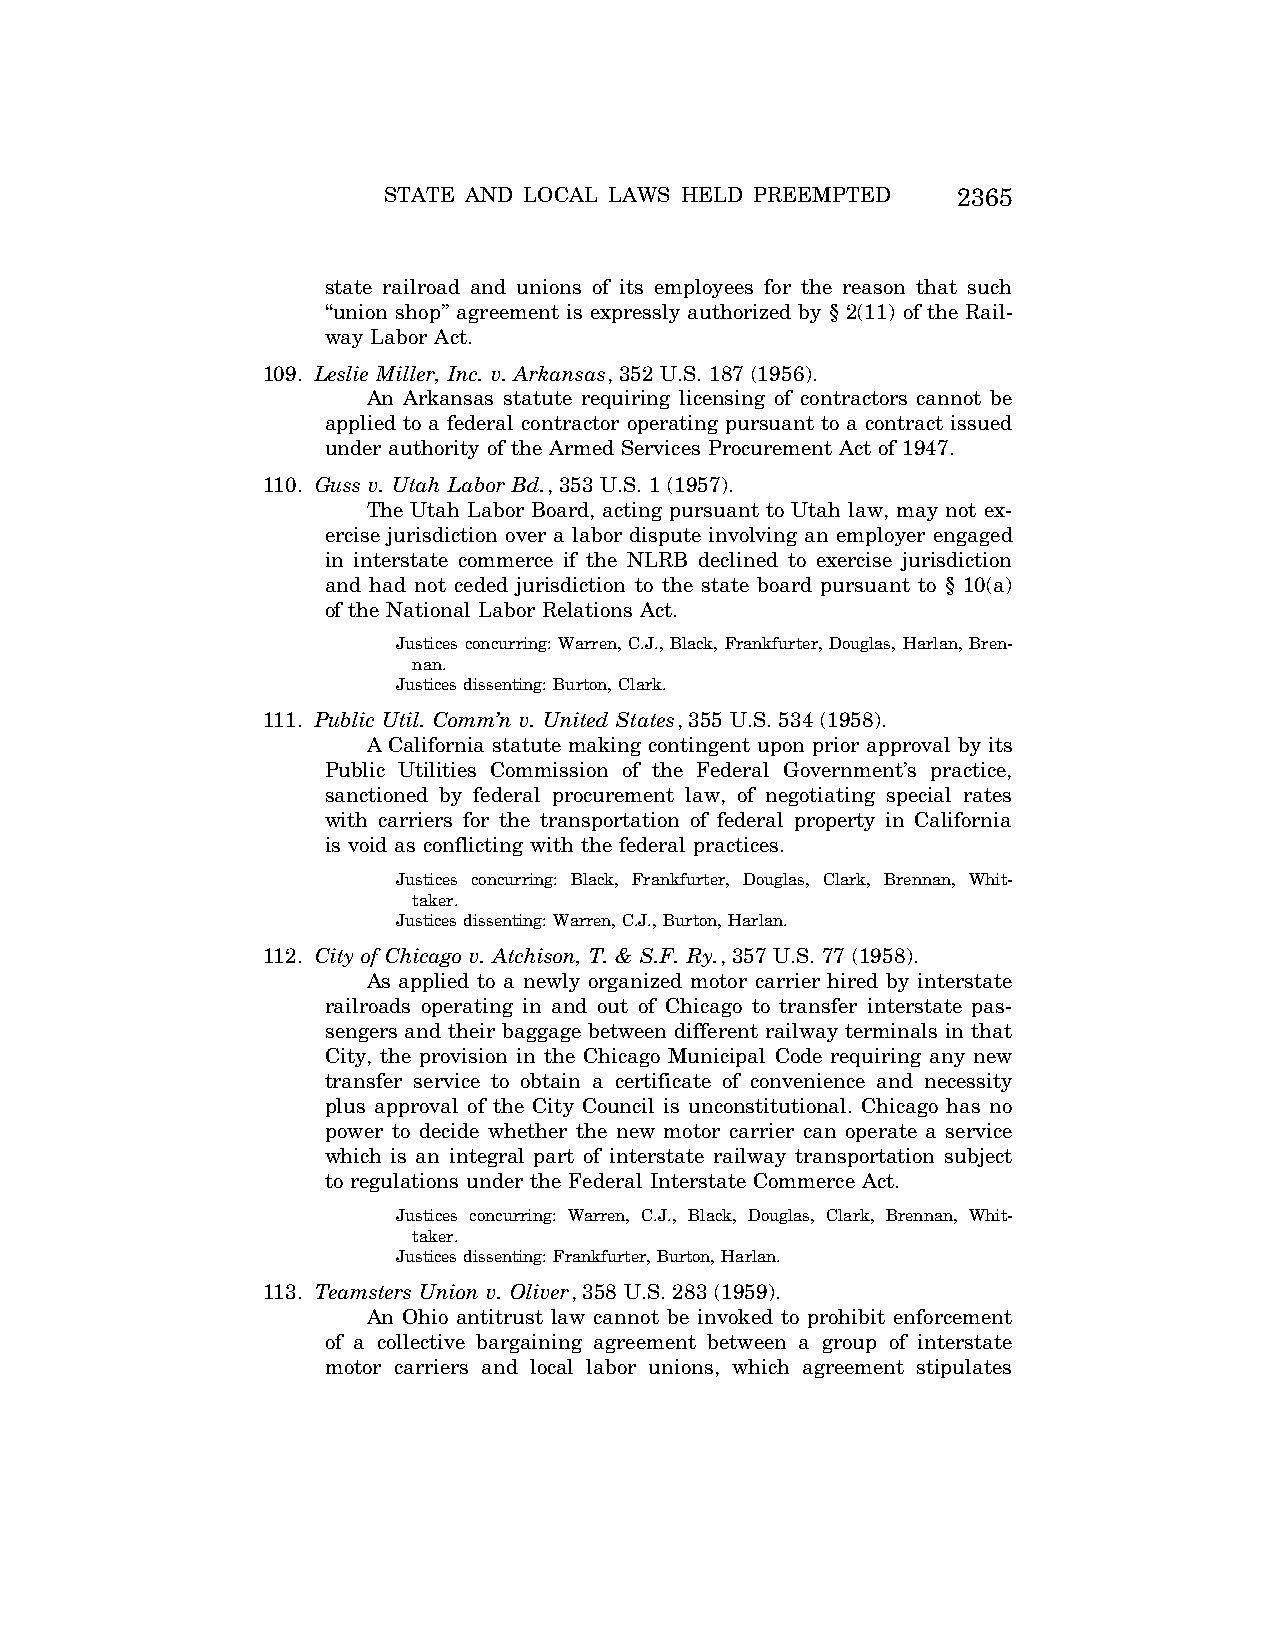
STATE AND LOCAL LAWS HELD PREEMPTED   2365
 state railroad and unions of its employees for the reason that such
 ‘‘union shop’’ agreement is expressly authorized by § 2(11) of the Rail-
 way Labor Act.
 109. Leslie Miller, Inc. v. Arkansas, 352 U.S. 187 (1956).
 An Arkansas statute requiring licensing of contractors cannot be
 applied to a federal contractor operating pursuant to a contract issued
 under authority of the Armed Services Procurement Act of 1947.
 110. Guss v. Utah Labor Bd., 353 U.S. 1 (1957).
 The Utah Labor Board, acting pursuant to Utah law, may not ex-
 ercise jurisdiction over a labor dispute involving an employer engaged
 in interstate commerce if the NLRB declined to exercise jurisdiction
 and had not ceded jurisdiction to the state board pursuant to § 10(a)
 of the National Labor Relations Act.
 Justices concurring: Warren, C.J., Black, Frankfurter, Douglas, Harlan, Bren-
 nan.
 Justices dissenting: Burton, Clark.
 111. Public Util. Comm’n v. United States, 355 U.S. 534 (1958).
 A California statute making contingent upon prior approval by its
 Public Utilities Commission of the Federal Government’s practice,
 sanctioned by federal procurement law, of negotiating special rates
 with carriers for the transportation of federal property in California
 is void as conflicting with the federal practices.
 Justices concurring: Black, Frankfurter, Douglas, Clark, Brennan, Whit-
 taker.
 Justices dissenting: Warren, C.J., Burton, Harlan.
 112. City of Chicago v. Atchison, T. & S.F. Ry., 357 U.S. 77 (1958).
 As applied to a newly organized motor carrier hired by interstate
 railroads operating in and out of Chicago to transfer interstate pas-
 sengers and their baggage between different railway terminals in that
 City, the provision in the Chicago Municipal Code requiring any new
 transfer service to obtain a certificate of convenience and necessity
 plus approval of the City Council is unconstitutional. Chicago has no
 power to decide whether the new motor carrier can operate a service
 which is an integral part of interstate railway transportation subject
 to regulations under the Federal Interstate Commerce Act.
 Justices concurring: Warren, C.J., Black, Douglas, Clark, Brennan, Whit-
 taker.
 Justices dissenting: Frankfurter, Burton, Harlan.
 113. Teamsters Union v. Oliver, 358 U.S. 283 (1959).
 An Ohio antitrust law cannot be invoked to prohibit enforcement
 of a collective bargaining agreement between a group of interstate
 motor carriers and local labor unions, which agreement stipulates
 VerDate Aug<04>2004 12:59 Aug 23, 2004 Jkt 077500 PO 00000 Frm 00019 Fmt 8222 Sfmt 8222 C:\CONAN\CON066.SGM PRFM99 PsN: CON066